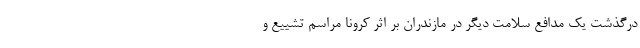
درگذشت یک مدافع سلامت دیگر در مازندران بر اثر کرونا مراسم تشییع و